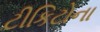
ટીકિટોના